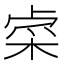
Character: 𨤐